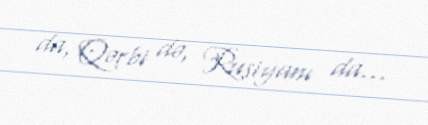
da, Qərbi də, Rusiyanı da...